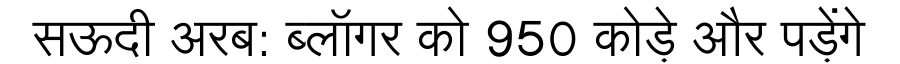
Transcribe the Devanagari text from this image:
सऊदी अरब: ब्लॉगर को 950 कोड़े और पड़ेंगे